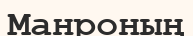
Манроның